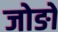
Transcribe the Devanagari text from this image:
जोङों